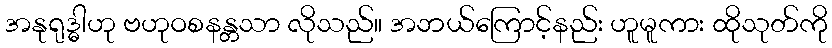
အနုရုဒ္ဓါဟု ဗဟုဝစနန္တသာ လိုသည်။ အဘယ်ကြောင့်နည်း ဟူမူကား ထိုသုတ်ကို